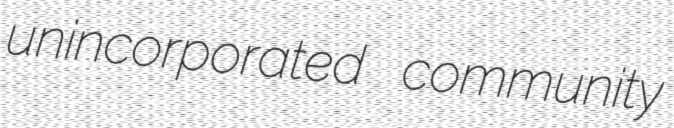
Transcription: unincorporated community